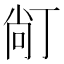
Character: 𱍙